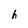
Character: h